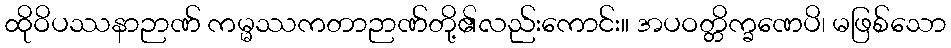
ထိုဝိပဿနာဉာဏ် ကမ္မဿကတာဉာဏ်တို့၏လည်းကောင်း။ အပဝတ္တိက္ခဏေပိ၊ မဖြစ်သော